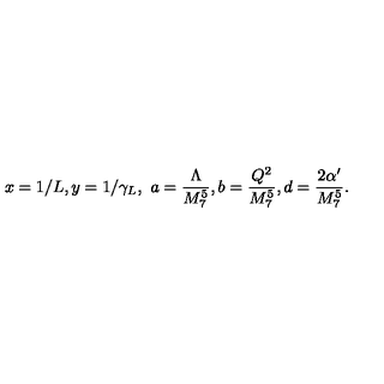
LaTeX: x = 1 / L , y = 1 / \gamma _ { L } , \ a = \frac { \Lambda } { M _ { 7 } ^ { 5 } } , b = \frac { Q ^ { 2 } } { M _ { 7 } ^ { 5 } } , d = \frac { 2 \alpha ^ { \prime } } { M _ { 7 } ^ { 5 } } .